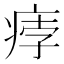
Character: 𤶽